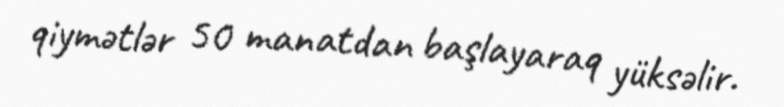
qiymətlər 50 manatdan başlayaraq yüksəlir.